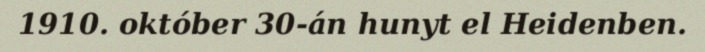
1910. október 30-án hunyt el Heidenben.